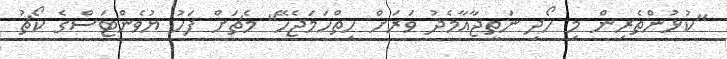
"ކުޅުންތެރިން މި ހޯދި ނަތީޖާއާމެދު ވަރަށް ހިތްހަމަޖެހޭ" މެޗަށް ފަހު ޔުވެންޓަސްގެ ކޯޗު